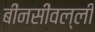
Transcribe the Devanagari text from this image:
बींनसींवल्ली